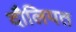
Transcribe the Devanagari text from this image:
दौलियत